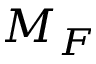
M _ { F }